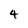
Character: 4